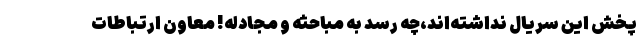
پخش این سریال نداشته‌اند،چه رسد به مباحثه و مجادله! معاون ارتباطات